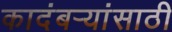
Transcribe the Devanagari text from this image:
कादंबऱ्यांसाठी